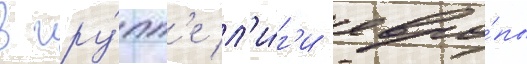
В гру́пп'е л'и́г'и евро́пы